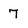
Character: 7